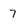
Character: 7